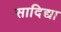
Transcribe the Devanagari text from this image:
सादिद्या